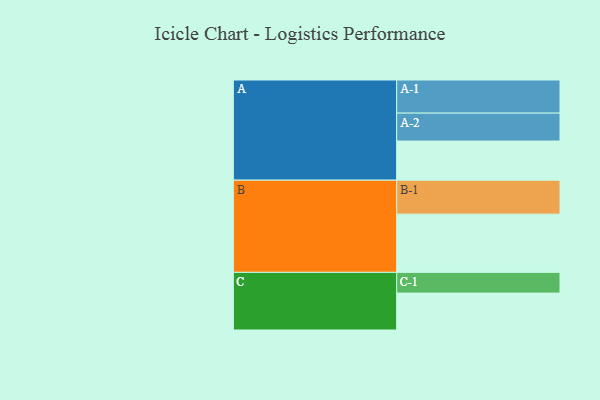
{"axis": {"x": "Segment", "y": "Value"}, "legend": ["", "A", "B", "C"], "data": [{"x": "A", "y": 332, "type": ""}, {"x": "B", "y": 494, "type": ""}, {"x": "C", "y": 313, "type": ""}, {"x": "A-1", "y": 281, "type": "A"}, {"x": "A-2", "y": 237, "type": "A"}, {"x": "B-1", "y": 288, "type": "B"}, {"x": "C-1", "y": 176, "type": "C"}]}